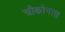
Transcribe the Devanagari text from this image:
चौकोनास